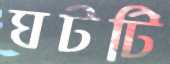
ঘটটি